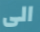
الى